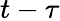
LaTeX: t-\tau